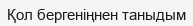
Қол бергеніңнен таныдым